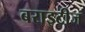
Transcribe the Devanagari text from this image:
बराइटीज